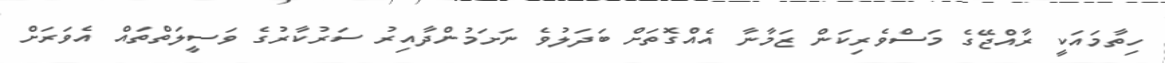
ހިތާމައަކީ ރާއްޖޭގެ މަސްވެރިކަން ޒަމާނާ އެއްގޮތަށް ބަދަލުވެ ނަށަމުންދާއިރު ސަރުކާރުގެ ވަސީލަތްތައް އެވަރަށް